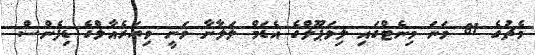
މެޗުގެ 81 ވަނަ މިނެޓްގައި ލިވަޕޫލްގެ އެޑަމް ލަލާނާ ވަނީ ވިޔަރެއާލްގެ ޑިފެންސް